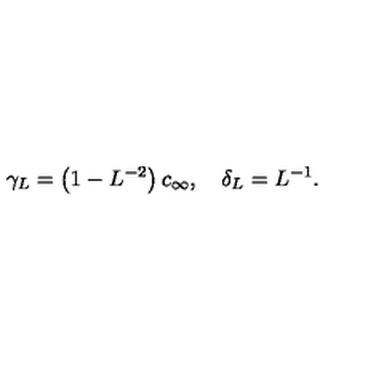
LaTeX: \gamma _ { L } = \left( 1 - L ^ { - 2 } \right) c _ { \infty } , \quad \delta _ { L } = L ^ { - 1 } .